Annual administration report of the Civil Veterinary Department, Sind - 1944-1945
Year: 1944
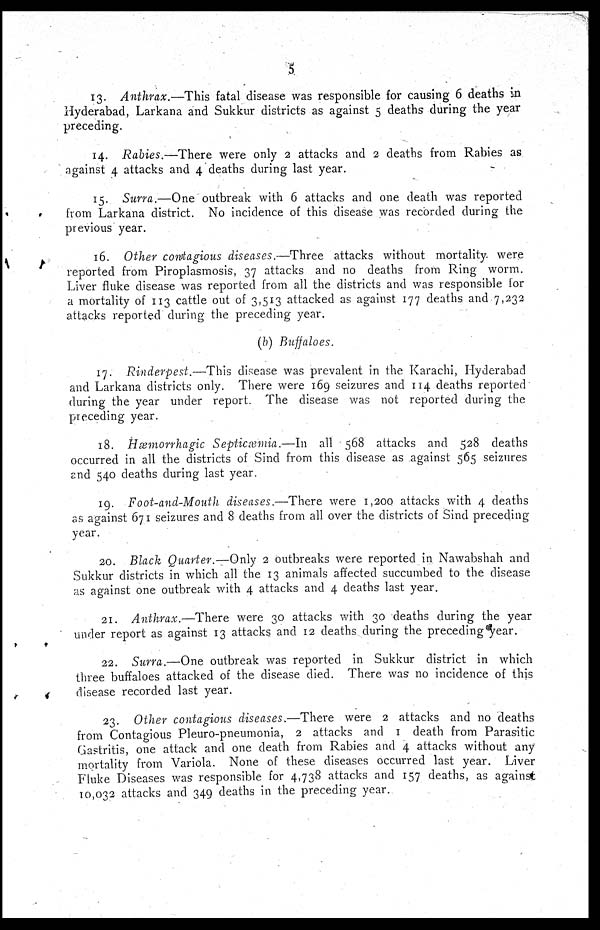
5
13. Anthrax.—This fatal disease was responsible for causing 6 deaths in
Hyderabad, Larkana and Sukkur districts as against 5 deaths during the year
preceding.
14. Rabies.—There were only 2 attacks and 2 deaths from Rabies as
against 4 attacks and 4 deaths during last year.
15. Surra.—One outbreak with 6 attacks and one death was reported
from Larkana district. No incidence of this disease was recorded during the
previous year.
16. Other contagious diseases.—Three
attacks without mortality were
reported from Piroplasmosis, 37 attacks and no deaths from Ring worm.
Liver fluke disease was reported from all the districts and was responsible for
a mortality of 113 cattle out of 3,513 attacked as against 177 deaths and 7,232
attacks reported during the preceding year.
(b) Buffaloes.
17. Rinderpest.—This disease was prevalent in the Karachi, Hyderabad
and Larkana districts only. There were 169 seizures and 114 deaths reported
during the year under report. The disease was not reported during the
preceding year.
18. Hæmorrhagic Septicæmia.—In
all 568 attacks and 528 deaths
occurred in all the districts of Sind from this disease as against 565 seizures
and 540 deaths during last year.
19. Foot-and-Mouth diseases.—There were 1,200 attacks with 4 deaths
as against 671 seizures and 8 deaths from all over the districts of Sind preceding
year.
20. Black Quarter.—Only 2 outbreaks were reported in Nawabshah and
Sukkur districts in which all the 13 animals affected succumbed to the disease
as against one outbreak with 4 attacks and 4 deaths last year.
21. Anthrax.—There
were 30 attacks with 30 deaths during the year
under report as against 13 attacks and 12 deaths during the preceding year.
22. Surra.—One outbreak was reported in Sukkur district in which
three buffaloes attacked of the disease died. There was no incidence of this
disease recorded last year.
23. Other contagious diseases.—There
were 2 attacks and no deaths
from Contagious Pleuro-pneumonia, 2 attacks and 1 death from Parasitic
Gastritis, one attack and one death from Rabies and 4 attacks without any
mortality from Variola. None of these diseases occurred last year. Liver
Fluke Diseases was responsible for 4,738 attacks and 157 deaths, as against
10,032 attacks and 349 deaths in the preceding year.